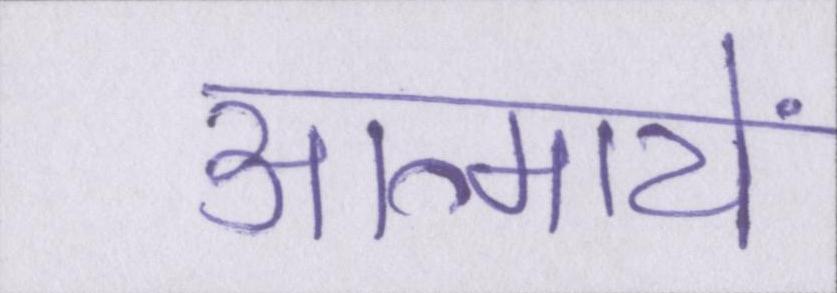
आत्मायें